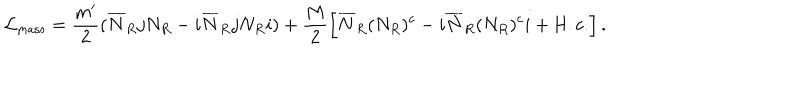
LaTeX: { \cal L } _ { \mathrm { m a s s } } = \frac { m ^ { \prime } } { 2 } ( \overline { { { N } } } _ { R } j N _ { R } - i \overline { { { N } } } _ { R } j N _ { R } i ) + \frac { M } { 2 } \left[ \overline { { { N } } } _ { R } ( N _ { R } ) ^ { c } - i \overline { { { N } } } _ { R } ( N _ { R } ) ^ { c } i + \mathrm { H . c . } \right] .